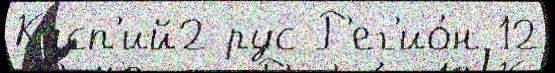
Касп'ий2 рус Р'ег'ио́н 12